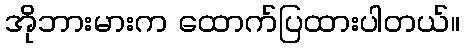
အိုဘားမားက ထောက်ပြထားပါတယ်။